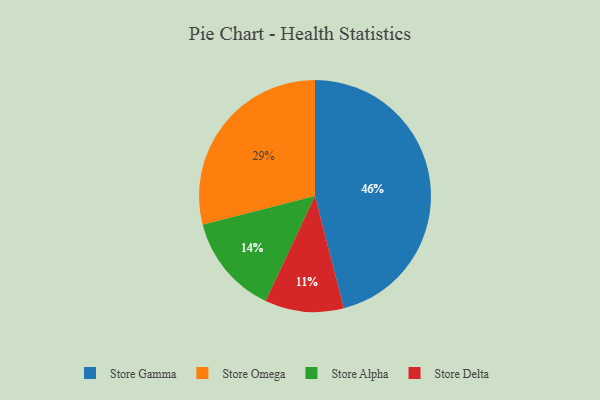
{"axis": {"x": "Category", "y": "Percentage"}, "legend": ["Store Alpha", "Store Delta", "Store Gamma", "Store Omega"], "data": [{"x": "Store Alpha", "y": 14, "type": "Store Alpha"}, {"x": "Store Gamma", "y": 46, "type": "Store Gamma"}, {"x": "Store Omega", "y": 29, "type": "Store Omega"}, {"x": "Store Delta", "y": 11, "type": "Store Delta"}]}